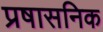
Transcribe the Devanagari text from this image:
प्रषासनिक